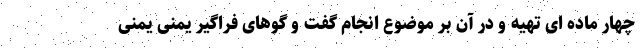
چهار ماده ای تهیه و در آن بر موضوع انجام گفت و گوهای فراگیر یمنی یمنی